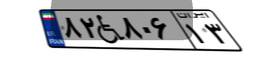
۱۲W۵۳۱۲۹